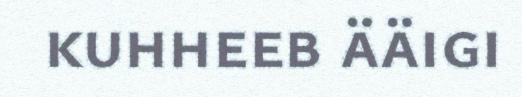
kuhheeb ääigi